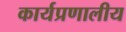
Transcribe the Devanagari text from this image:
कार्यप्रणालीय